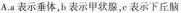
A.a表示垂体，b表示甲状腺，c表示下丘脑